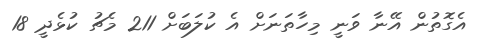
އެގޮތުން އޭނާ ވަނީ މިހާތަނަށް އެ ކުލަބަށް 211 މެޗު ކުޅެދީ 18